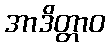
အာဒိတ္တာဝ